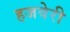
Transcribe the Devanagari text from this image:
हजवेरी